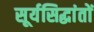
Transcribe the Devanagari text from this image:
सूर्यसिद्धांतों